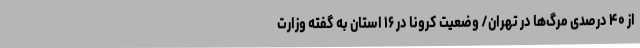
از ۴۰ درصدی مرگ‌ها در تهران/ وضعیت کرونا در ۱۶ استان به گفته وزارت